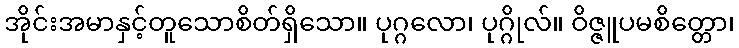
အိုင်းအမာနှင့်တူသောစိတ်ရှိသော။ ပုဂ္ဂလော၊ ပုဂ္ဂိုလ်။ ဝိဇ္ဇူပမစိတ္တော၊